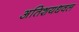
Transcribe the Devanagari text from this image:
अतिशयधवल